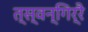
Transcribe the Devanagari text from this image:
त्स्वन्गिर्रै